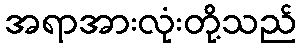
အရာအားလုံးတို့သည်